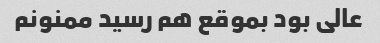
عالی بود بموقع هم رسید ممنونم